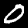
Label: 0